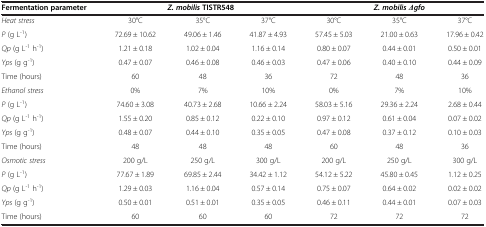
<table><thead><tr><td><b>Fermentation parameter</b></td><td colspan="3"><b><i>Z. mobilis </i>TISTR548</b></td><td colspan="3"><b><i>Z. mobilis Δgfo</i></b></td></tr></thead><tbody><tr><td><i>Heat stress</i></td><td>30°C</td><td>35°C</td><td>37°C</td><td>30°C</td><td>35°C</td><td>37°C</td></tr><tr><td><i>P</i> (g L<sup>-1</sup>)</td><td>72.69 ± 10.62</td><td>49.06 ± 1.46</td><td>41.87 ± 4.93</td><td>57.45 ± 5.03</td><td>21.00 ± 0.63</td><td>17.96 ± 0.42</td></tr><tr><td><i>Qp</i> (g L<sup>-1</sup> h<sup>-1</sup>)</td><td>1.21 ± 0.18</td><td>1.02 ± 0.04</td><td>1.16 ± 0.14</td><td>0.80 ± 0.07</td><td>0.44 ± 0.01</td><td>0.50 ± 0.01</td></tr><tr><td><i>Yps</i> (g g<sup>-1</sup>)</td><td>0.47 ± 0.07</td><td>0.46 ± 0.08</td><td>0.46 ± 0.03</td><td>0.47 ± 0.06</td><td>0.40 ± 0.10</td><td>0.44 ± 0.09</td></tr><tr><td>Time (hours)</td><td>60</td><td>48</td><td>36</td><td>72</td><td>48</td><td>36</td></tr><tr><td><i>Ethanol stress</i></td><td>0%</td><td>7%</td><td>10%</td><td>0%</td><td>7%</td><td>10%</td></tr><tr><td><i>P</i> (g L<sup>-1</sup>)</td><td>74.60 ± 3.08</td><td>40.73 ± 2.68</td><td>10.66 ± 2.24</td><td>58.03 ± 5.16</td><td>29.36 ± 2.24</td><td>2.68 ± 0.44</td></tr><tr><td><i>Qp</i> (g L<sup>-1</sup> h<sup>-1</sup>)</td><td>1.55 ± 0.20</td><td>0.85 ± 0.12</td><td>0.22 ± 0.10</td><td>0.97 ± 0.12</td><td>0.61 ± 0.04</td><td>0.07 ± 0.02</td></tr><tr><td><i>Yps</i> (g g<sup>-1</sup>)</td><td>0.48 ± 0.07</td><td>0.44 ± 0.10</td><td>0.35 ± 0.05</td><td>0.47 ± 0.08</td><td>0.37 ± 0.12</td><td>0.10 ± 0.03</td></tr><tr><td>Time (hours)</td><td>48</td><td>48</td><td>48</td><td>60</td><td>48</td><td>36</td></tr><tr><td><i>Osmotic stress</i></td><td>200 g/L</td><td>250 g/L</td><td>300 g/L</td><td>200 g/L</td><td>250 g/L</td><td>300 g/L</td></tr><tr><td><i>P</i> (g L<sup>-1</sup>)</td><td>77.67 ± 1.89</td><td>69.85 ± 2.44</td><td>34.42 ± 1.12</td><td>54.12 ± 5.22</td><td>45.80 ± 0.45</td><td>1.12 ± 0.25</td></tr><tr><td><i>Qp</i> (g L<sup>-1</sup> h<sup>-1</sup>)</td><td>1.29 ± 0.03</td><td>1.16 ± 0.04</td><td>0.57 ± 0.14</td><td>0.75 ± 0.07</td><td>0.64 ± 0.02</td><td>0.02 ± 0.02</td></tr><tr><td><i>Yps</i> (g g<sup>-1</sup>)</td><td>0.50 ± 0.01</td><td>0.51 ± 0.01</td><td>0.35 ± 0.05</td><td>0.46 ± 0.11</td><td>0.44 ± 0.01</td><td>0.07 ± 0.03</td></tr><tr><td>Time (hours)</td><td>60</td><td>60</td><td>60</td><td>72</td><td>72</td><td>72</td></tr></tbody></table>